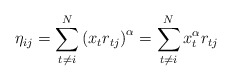
\begin{align*}\eta_{ij} = \sum_{t\neq i}^N \left(x_t r_{tj}\right)^\alpha= \sum_{t\neq i}^N x_t^\alpha r_{tj}\end{align*}